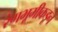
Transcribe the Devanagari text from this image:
रंगभूमीकडून